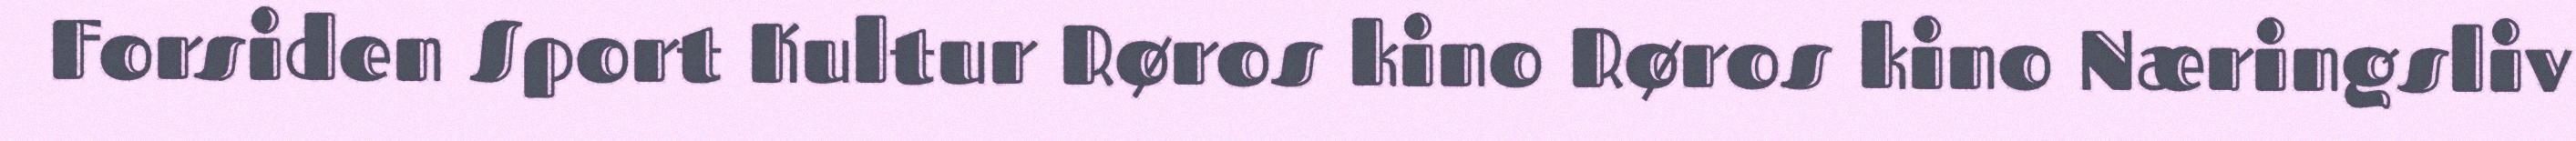
Forsiden Sport Kultur Røros kino Røros kino Næringsliv